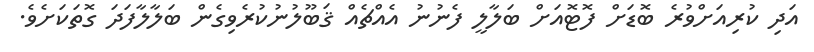
އަދި ކުރިއަށްވުރެ ބޮޑަށް ފޮޓޮއަށް ބަލާލީ ފެނުނު އެއްޗެއް ޤަބޫލުނުކުރެވިގެން ބަލާލާފަދަ ގޮތަކަށެވެ.